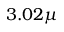
3 . 0 2 \mu